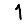
Digit: 1